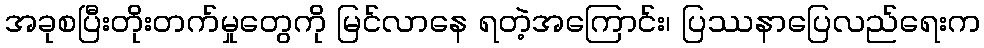
အခုစပြီးတိုးတက်မှုတွေကို မြင်လာနေ ရတဲ့အကြောင်း၊ ပြဿနာပြေလည်ရေးက